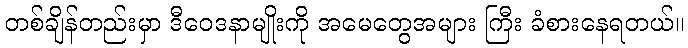
တစ်ချိန်တည်းမှာ ဒီဝေဒနာမျိုးကို အမေတွေအများ ကြီး ခံစားနေရတယ်။